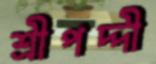
শ্রীপদ্দী